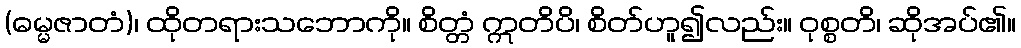
(ဓမ္မဇာတံ)၊ ထိုတရားသဘောကို။ စိတ္တံ ဣတိပိ၊ စိတ်ဟူ၍လည်း။ ဝုစ္စတိ၊ ဆိုအပ်၏။